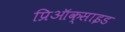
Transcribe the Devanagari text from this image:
प्रिऑक्साइड